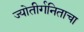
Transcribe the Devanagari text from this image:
ज्योतीर्गनिताचा